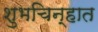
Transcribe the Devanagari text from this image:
शुभचिन्हात